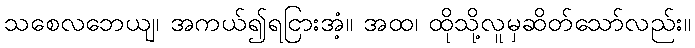
သစေလဘေယျ၊ အကယ်၍ရငြားအံ့။ အထ၊ ထိုသို့လူမှဆိတ်သော်လည်း။